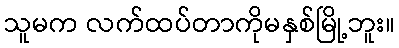
သူမက လက်ထပ်တာကိုမနှစ်မြို့ဘူး။